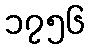
၁၇၅၆